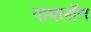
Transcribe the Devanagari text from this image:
पायलॉन